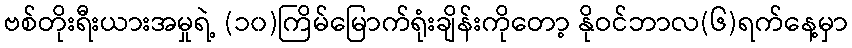
ဗစ်တိုးရီးယားအမှုရဲ့ (၁၀)ကြိမ်မြောက်ရုံးချိန်းကိုတော့ နိုဝင်ဘာလ(၆)ရက်နေ့မှာ